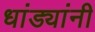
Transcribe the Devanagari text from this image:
धांड्यांनी